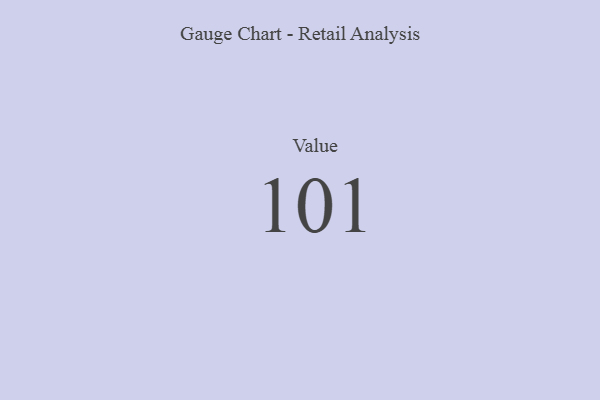
{"axis": {"x": "Metric", "y": "Value"}, "legend": [""], "data": [{"x": "Value", "y": 101, "type": ""}]}